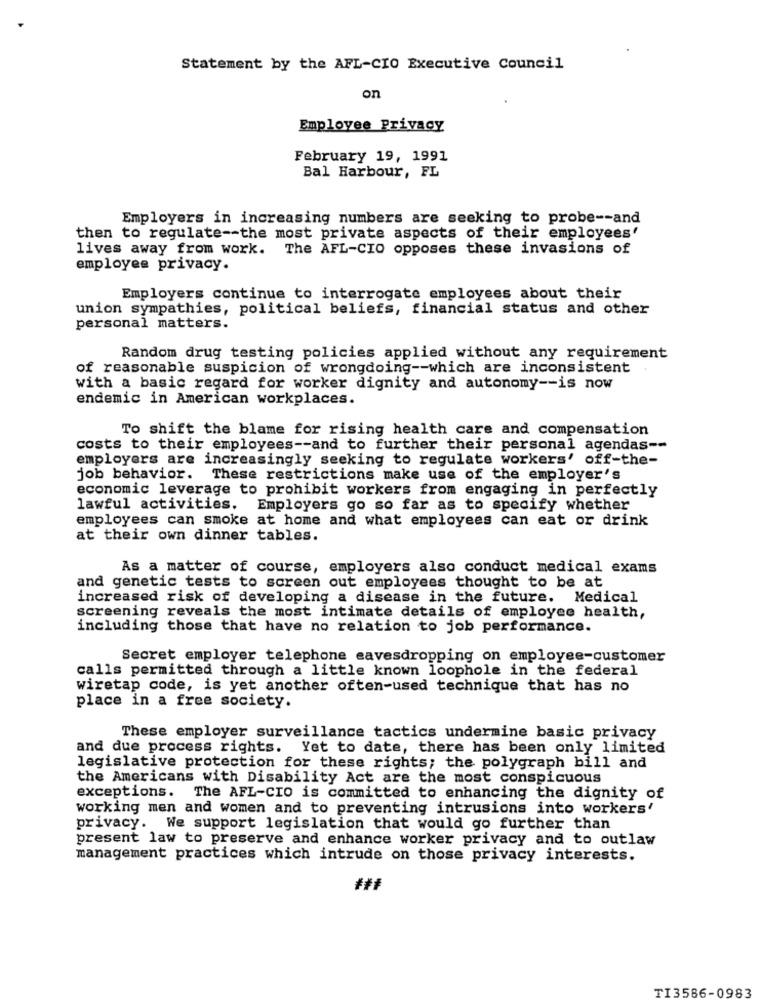
Statement by the AFL-CIO Executive Council
on
Employee Privacy
February 19, 1991
Bal Harbour, FL
Employers in increasing numbers are seeking to probe -- and
then to regulate -- the most private aspects of their employees'
lives away from work. The AFL-CIO opposes these invasions of
employee privacy.
Employers continue to interrogate employees about their
union sympathies, political beliefs, financial status and other
personal matters.
Random drug testing policies applied without any requirement
of reasonable suspicion of wrongdoing -- which are inconsistent
with a basic regard for worker dignity and autonomy -- is now
endemic in American workplaces.
To shift the blame for rising health care and compensation
costs to their employees -- and to further their personal agendas --
employers are increasingly seeking to regulate workers' off-the-
job behavior.
These restrictions make use of the employer's
economic leverage to prohibit workers from engaging in perfectly
lawful activities. Employers go so far as to specify whether
employees can smoke at home and what employees can eat or drink
at their own dinner tables.
As a matter of course, employers also conduct medical exams
and genetic tests to screen out employees thought to be at
increased risk of developing a disease in the future. Medical
screening reveals the most intimate details of employee health,
including those that have no relation to job performance.
Secret employer telephone eavesdropping on employee-customer
calls permitted through a little known loophole in the federal
wiretap code, is yet another often-used technique that has no
place in a free society.
These employer surveillance tactics undermine basic privacy
and due process rights. Yet to date, there has been only limited
legislative protection for these rights; the polygraph bill and
the Americans with Disability Act are the most conspicuous
exceptions. The AFL-CIO is committed to enhancing the dignity of
working men and women and to preventing intrusions into workers'
privacy. We support legislation that would go further than
present law to preserve and enhance worker privacy and to outlaw
management practices which intrude on those privacy interests.
TI3586-0983